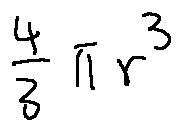
\frac { 4 } { 3 } \pi r ^ { 3 }